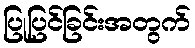
ပြုပြင်ခြင်းအတွက်